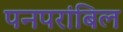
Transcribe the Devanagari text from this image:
पनपरांबिल